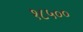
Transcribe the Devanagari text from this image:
१८५००